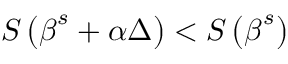
S \left( { \boldsymbol { \beta } } ^ { s } + \alpha \Delta \right) < S \left( { \boldsymbol { \beta } } ^ { s } \right)